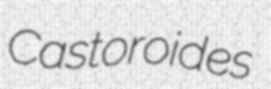
Castoroides